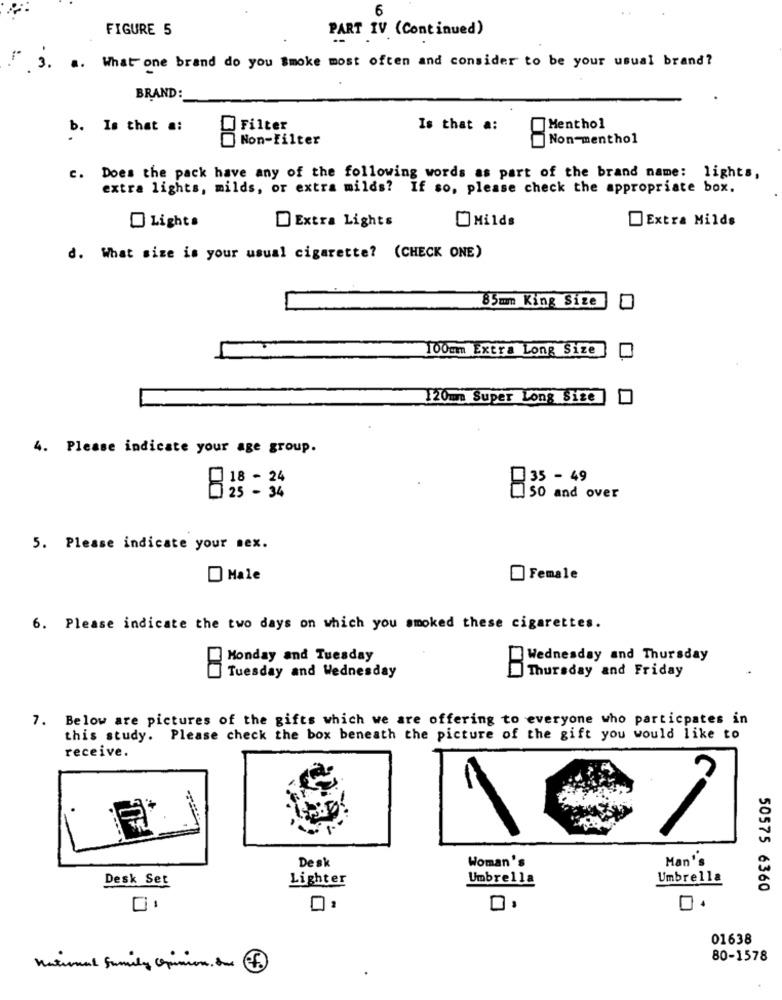
6
FIGURE 5
PART IV (Continued)
.. What" one brand do you Smoke most often and consider to be your usual brand?
BRAND:
b.
Is that a:
Filter
Is that a:
Menthol
Non-Filter
Non-menthol
c. Does the pack have any of the following words as part of the brand name: lights,
extra lights, milds, or extra milds? If so, please check the appropriate box.
Lights
Extra Lights
Milds
Extra Milds
d. What size is your usual cigarette? (CHECK ONE)
85mm King Size
100mm Extra Long Size
120mm Super Long Size
4. Please indicate your age group.
18 - 24
35 - 49
25 - 34
50 and over
5. Please indicate your sex.
Male
Female
6. Please indicate the two days on which you smoked these cigarettes.
Monday and Tuesday
Wednesday and Thursday
Tuesday and Wednesday
Thursday and Friday
7. Below are pictures of the gifts which we are offering to everyone who particpates in
this study. Please check the box beneath the picture of the gift you would like to
receive.
Woman's
Man's
Desk
Desk Set
Lighter
Umbrella
Umbrella
50575 6360
01638
80-1578
Natural Family Opinion. Soud £